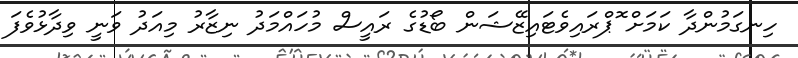
ހިނގަމުންދާ ކަމަށް ޮޕްރައިވެޓައިޒޭޝަން ބޯޑުގެ ރައީސް މުހައްމަދު ނިޒާރު މިއަދު ވަނީ ވިދާޅުވެފަ